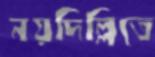
নয়দিল্লিতে